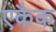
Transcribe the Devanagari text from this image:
एकैक